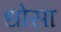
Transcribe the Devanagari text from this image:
धोसा